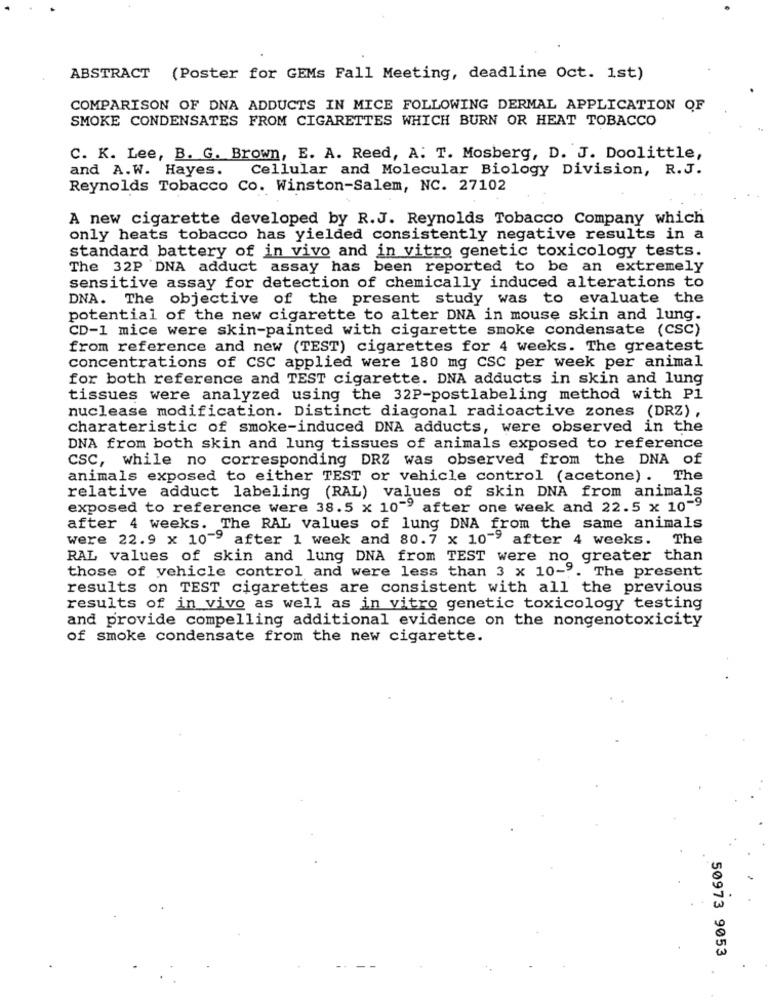
ABSTRACT (Poster for GEMs Fall Meeting, deadline Oct. 1st)
COMPARISON OF DNA ADDUCTS IN MICE FOLLOWING DERMAL APPLICATION OF
SMOKE CONDENSATES FROM CIGARETTES WHICH BURN OR HEAT TOBACCO
C. K. Lee, B. G. Brown, E. A. Reed, A. T. Mosberg, D. J. Doolittle,
and A.W. Hayes. Cellular and Molecular Biology Division, R.J.
Reynolds Tobacco Co. Winston-Salem, NC. 27102
A new cigarette developed by R.J. Reynolds Tobacco Company which
only heats tobacco has yielded consistently negative results in a
standard battery of in vivo and in vitro genetic toxicology tests.
The 32P DNA adduct assay has been reported to be an extremely
sensitive assay for detection of chemically induced alterations to
DNA. The objective of the present study was to evaluate the
potential of the new cigarette to alter DNA in mouse skin and lung.
CD-1 mice were skin-painted with cigarette smoke condensate (CSC)
from reference and new (TEST) cigarettes for 4 weeks. The greatest
concentrations of CSC applied were 180 mg CSC per week per animal
for both reference and TEST cigarette. DNA adducts in skin and lung
tissues were analyzed using the 32P-postlabeling method with Pl
nuclease modification. Distinct diagonal radioactive zones (DRZ) ,
charateristic of smoke-induced DNA adducts, were observed in the
DNA from both skin and lung tissues of animals exposed to reference
CSC, while no corresponding DRZ was observed from the DNA of
animals exposed to either TEST or vehicle control (acetone). The
relative adduct labeling (RAL) values of skin DNA from animals
exposed to reference were 38.5 x 10"" after one week and 22.5 x 10-9
after 4 weeks. The RAL values of lung DNA from the same animals
were 22.9 x 10"9 after 1 week and 80.7 x 10"9 after 4 weeks.
The
RAL values of skin and lung DNA from TEST were no greater than
those of vehicle control and were less than 3 x 10-9. The present
results on TEST cigarettes are consistent with all the previous
results of in vivo as well as in vitro genetic toxicology testing
and provide compelling additional evidence on the nongenotoxicity
of smoke condensate from the new cigarette.
50973 9053